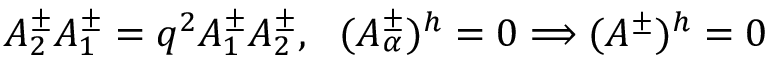
A _ { 2 } ^ { \pm } A _ { 1 } ^ { \pm } = q ^ { 2 } A _ { 1 } ^ { \pm } A _ { 2 } ^ { \pm } , \ \ ( A _ { \alpha } ^ { \pm } ) ^ { h } = 0 \Longrightarrow ( A ^ { \pm } ) ^ { h } = 0